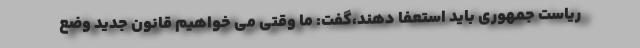
ریاست جمهوری باید استعفا دهند،گفت: ما وقتی می خواهیم قانون جدید وضع